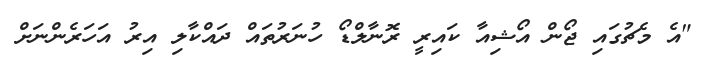
"އެ މެޗުގައި ޖޯން އޯޝިއާ ކައިރީ ރޮނާލްޑޯ ހުނަރުތައް ދައްކާލި އިރު އަހަރެންނަށް